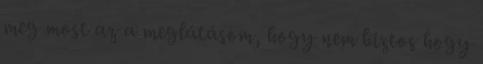
meg most az a meglátásom, hogy nem biztos hogy